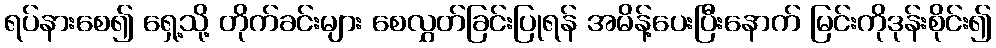
ရပ်နားစေ၍ ရှေ့သို့ တိုက်ခင်းများ စေလွှတ်ခြင်းပြုရန် အမိန့်ပေးပြီးနောက် မြင်းကိုဒုန်းစိုင်း၍